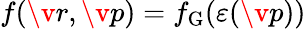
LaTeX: f(\v{r},\v{p})=f_{\mathrm{G}}(\varepsilon(\v{p}))